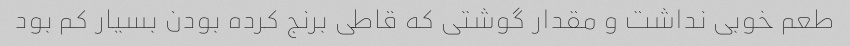
طعم خوبی نداشت و مقدار گوشتی که قاطی برنج کرده بودن بسیار کم بود